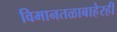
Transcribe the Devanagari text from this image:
विमानतळाबाहेरही